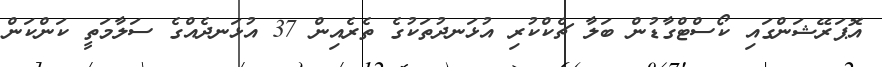
އޮޕަރޭޝަންގައި ކޯސްޓްގާޑުން ބަލާ ޗެކްކުރި އުޅަނދުތަކުގެ ތެރެއިން 37 އުޅަނދެއްގެ ސަލާމަތީ ކަންކަން